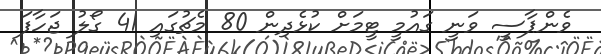
ވެންޕާސީ ވަނީ ގައުމީ ޓީމަށް ކުޅެދިން 80 މެޗުގައި 41 ގޯލު ޖަހާފަ